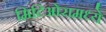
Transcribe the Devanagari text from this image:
मिटिओरामध्ये